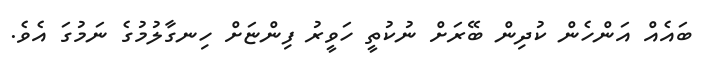
ބައެއް އަންހެން ކުދިން ބޭރަށް ނުކުތީ ހަވީރު ފިންޏަށް ހިނގާލުމުގެ ނަމުގަ އެވެ.